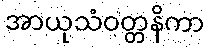
အာယုသံဝတ္တနိကာ